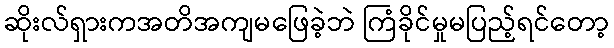
ဆိုးလ်ရှားကအတိအကျမဖြေခဲ့ဘဲ ကြံခိုင်မှုမပြည့်ရင်တော့